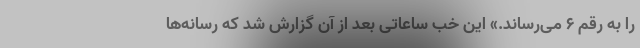
را به رقم ۶ می‌رساند.» این خب ساعاتی بعد از آن گزارش شد که رسانه‌ها